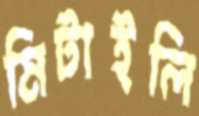
মিটাইলি